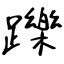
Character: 躒